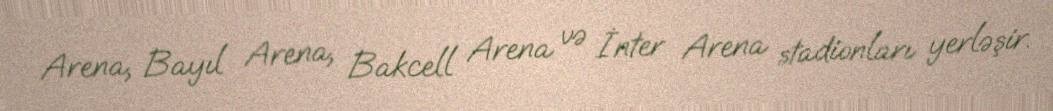
Arena, Bayıl Arena, Bakcell Arena və İnter Arena stadionları yerləşir.